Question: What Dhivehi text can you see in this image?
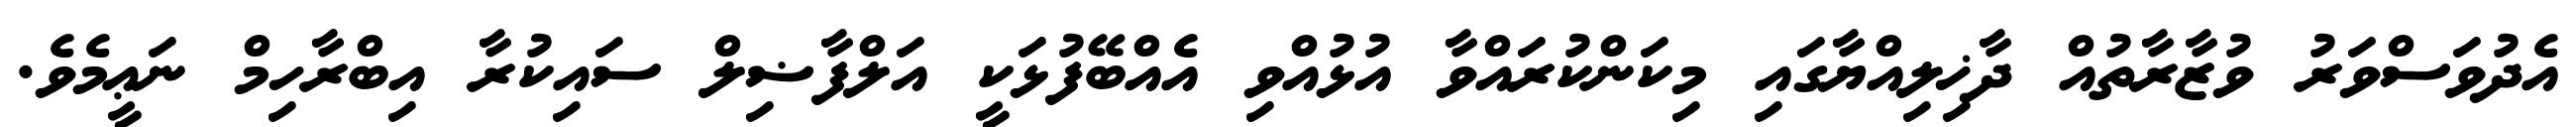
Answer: އެދުވަސްވަރު ވުޒާރާތުއް ދާޚިލިއްޔާގައި މިކަންކުރައްވާ އުޅުއްވި އެއްބޭފުޅަކީ އަލްފާޟިލް ސައިކުރާ އިބްރާހިމް ނަޢީމެވެ.